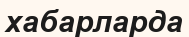
хабарларда